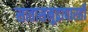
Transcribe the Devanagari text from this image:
सातासमुद्रापारही